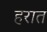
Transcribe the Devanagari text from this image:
हरात